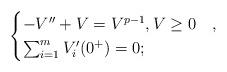
LaTeX: \begin{align*}\begin{cases}- V''+V = V^{p-1}, V \ge 0 & , \\\sum_{i=1}^m V_i'(0^+) = 0;\end{cases}\end{align*}